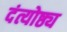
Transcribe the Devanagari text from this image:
दंत्योष्ठ्य